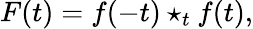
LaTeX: F(t)=f(-t)\star_{t}f(t),